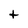
Character: t